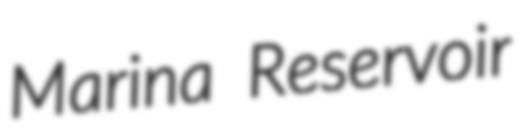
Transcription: Marina Reservoir